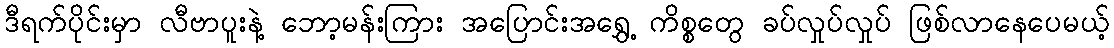
ဒီရက်ပိုင်းမှာ လီဗာပူးနဲ့ ဘော့မန်းကြား အပြောင်းအရွှေ့ ကိစ္စတွေ ခပ်လှုပ်လှုပ် ဖြစ်လာနေပေမယ့်